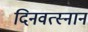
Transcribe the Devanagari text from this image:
दिनवत्स्नानं